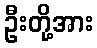
ဦးတို့အား